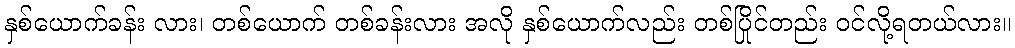
နှစ်ယောက်ခန်း လား၊ တစ်ယောက် တစ်ခန်းလား အလို နှစ်ယောက်လည်း တစ်ပြိုင်တည်း ဝင်လို့ရတယ်လား။